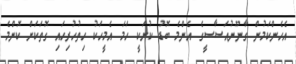
އެހެންކަމުން ގާނޫނުއަސާސީގެ އެންމެ ބޮޑު ކުށަކީ ހަމަ އެމީހަކު ހިތުހުރިހައި ގޮތަކަށް ކޮންމެ